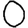
Digit: 0